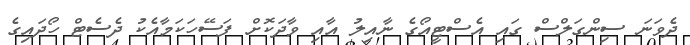
ދެވަނަ ސިންގަލްސް ގައި އެސްޓީއޯގެ ނާއިލު އާއި ވާދަކޮށް ފަސޭހަކަމާއެކު ދެސެޓް ހޯދައިގެ